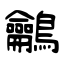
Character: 鸙